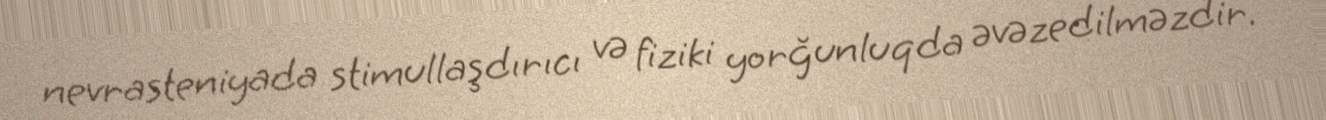
nevrasteniyada stimullaşdırıcı və fiziki yorğunluqda əvəzedilməzdir.